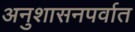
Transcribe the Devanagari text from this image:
अनुशासनपर्वात